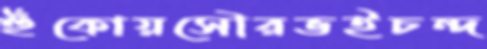
হুঁকোয়সৌরভইচন্দ